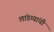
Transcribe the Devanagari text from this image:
लांडग्यांची